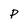
Character: P